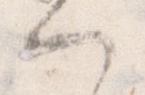
へ